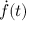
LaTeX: { \dot { f } } ( t )